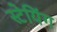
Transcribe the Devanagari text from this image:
स्टेयिंग